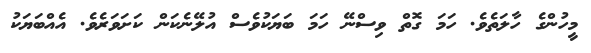
މީހުންގެ ހާލަތެވެ. ހަމަ ގޮތް ވިސްނޭ ހަމަ ބަޔަކުވެސް އުލޭނެކަން ކަށަވަރެވެ. އެއްބަޔަކު